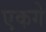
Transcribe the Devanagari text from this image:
एकगे